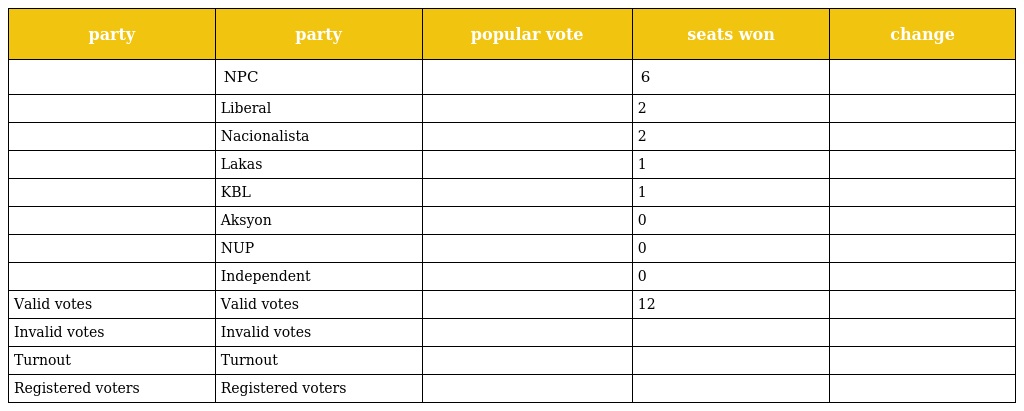
| party | party | popular vote | seats won | change |
 | --- | --- | --- | --- | --- |
 |  | NPC |  | 6 |  |
 |  | Liberal |  | 2 |  |
 |  | Nacionalista |  | 2 |  |
 |  | Lakas |  | 1 |  |
 |  | KBL |  | 1 |  |
 |  | Aksyon |  | 0 |  |
 |  | NUP |  | 0 |  |
 |  | Independent |  | 0 |  |
 | Valid votes | Valid votes |  | 12 |  |
 | Invalid votes | Invalid votes |  |  |  |
 | Turnout | Turnout |  |  |  |
 | Registered voters | Registered voters |  |  |  |